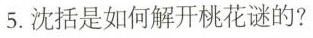
5.沈括是如何解开桃花谜的?____